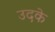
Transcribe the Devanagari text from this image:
उदके